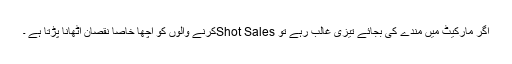
اگر مارکیٹ میں مندے کی بجائے تیزی غالب رہے تو Shot Salesکرنے والوں کو اچھا خاصا نقصان اُٹھانا پڑتا ہے ۔